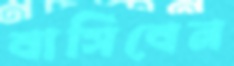
বাসিবেন